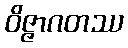
ဝိဇ္ဇာဂတဿ